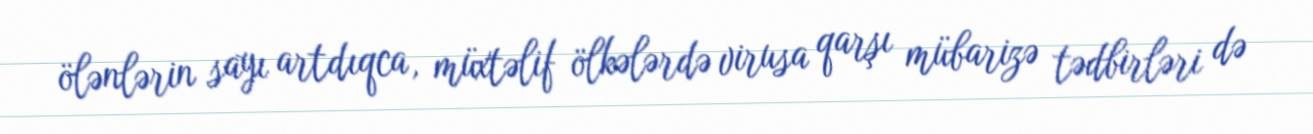
ölənlərin sayı artdıqca, müxtəlif ölkələrdə virusa qarşı mübarizə tədbirləri də